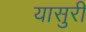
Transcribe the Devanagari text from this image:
यासुरी